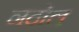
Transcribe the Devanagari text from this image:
नदोल